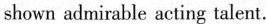
shown admirable acting talent.